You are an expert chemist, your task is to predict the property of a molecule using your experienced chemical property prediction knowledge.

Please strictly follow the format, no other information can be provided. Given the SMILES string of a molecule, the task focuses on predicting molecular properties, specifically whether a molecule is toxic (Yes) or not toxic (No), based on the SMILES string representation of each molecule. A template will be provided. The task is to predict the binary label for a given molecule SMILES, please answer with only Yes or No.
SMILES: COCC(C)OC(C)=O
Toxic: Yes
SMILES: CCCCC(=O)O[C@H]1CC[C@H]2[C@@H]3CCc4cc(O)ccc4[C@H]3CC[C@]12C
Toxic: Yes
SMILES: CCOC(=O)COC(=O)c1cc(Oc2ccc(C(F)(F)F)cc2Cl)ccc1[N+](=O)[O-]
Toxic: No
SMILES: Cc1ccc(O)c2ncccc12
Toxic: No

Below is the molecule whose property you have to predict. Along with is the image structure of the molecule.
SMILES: COc1nc(C)nc(Cl)c1NC1=NCCN1
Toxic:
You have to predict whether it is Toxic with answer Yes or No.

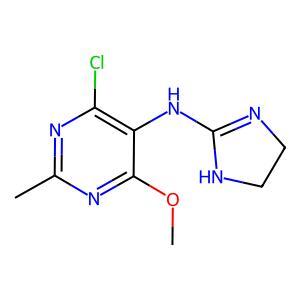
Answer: No